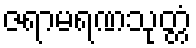
ဇရာမရဏသုတ္တံ